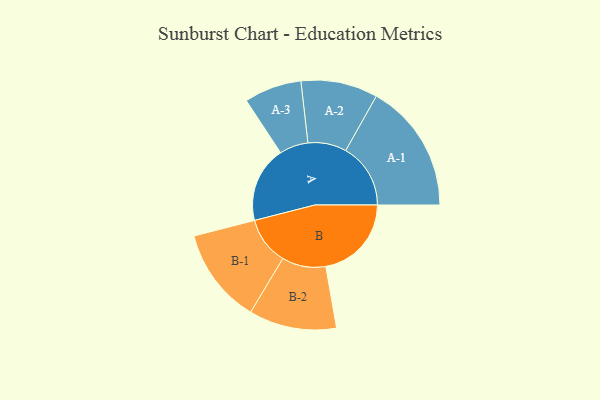
{"axis": {"x": "Segment", "y": "Value"}, "legend": ["", "A", "B"], "data": [{"x": "A", "y": 267, "type": ""}, {"x": "B", "y": 301, "type": ""}, {"x": "A-1", "y": 228, "type": "A"}, {"x": "A-2", "y": 135, "type": "A"}, {"x": "A-3", "y": 101, "type": "A"}, {"x": "B-1", "y": 168, "type": "B"}, {"x": "B-2", "y": 154, "type": "B"}]}